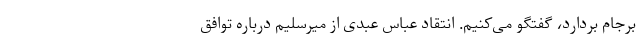
برجام بردارد، گفتگو می‌کنیم. انتقاد عباس عبدی از میرسلیم درباره توافق